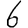
Digit: 6